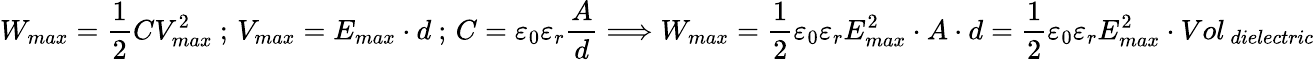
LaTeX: W_{max}=\displaystyle\frac{1}{2}CV_{max}^{2}\ ;\, V_{max}=E_{max}\cdot d\ ;\, C=\displaystyle\varepsilon_{0}\varepsilon_{r}\frac{A}{d}\Longrightarrow W_{max}=\displaystyle\frac{1}{2}\varepsilon_{0}\varepsilon_{r}E_{max}^{2}\cdot A\cdot d=\displaystyle\frac{1}{2}\varepsilon_{0}\varepsilon_{r}E_{max}^{2}\cdot Vol_{\ dielectric}